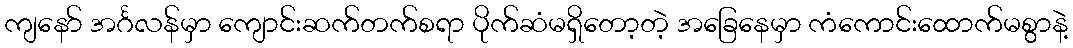
ကျနော် အင်္ဂလန်မှာ ကျောင်းဆက်တက်စရာ ပိုက်ဆံမရှိတော့တဲ့ အခြေနေမှာ ကံကောင်းထောက်မစွာနဲ့